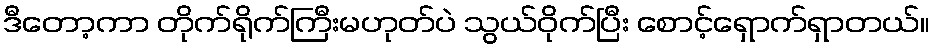
ဒီတော့ကာ တိုက်ရိုက်ကြီးမဟုတ်ပဲ သွယ်ဝိုက်ပြီး စောင့်ရှောက်ရှာတယ်။